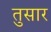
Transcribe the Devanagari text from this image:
तुसार